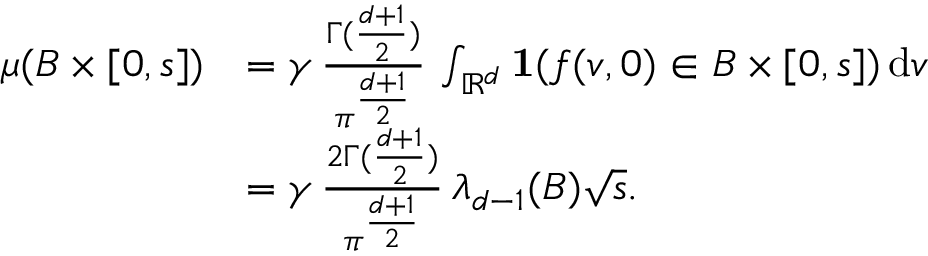
\begin{array} { r l } { \mu ( B \times [ 0 , s ] ) } & { = \gamma \, { \frac { \Gamma ( { \frac { d + 1 } { 2 } } ) } { \pi ^ { \frac { d + 1 } { 2 } } } } \, \int _ { \mathbb { R } ^ { d } } { \bf 1 } ( f ( v , 0 ) \in B \times [ 0 , s ] ) \, \mathrm { d } v } \\ & { = \gamma \, { \frac { 2 \Gamma ( { \frac { d + 1 } { 2 } } ) } { \pi ^ { \frac { d + 1 } { 2 } } } } \, \lambda _ { d - 1 } ( B ) \sqrt { s } . } \end{array}